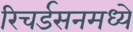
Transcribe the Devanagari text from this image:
रिचर्डसनमध्ये